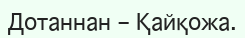
Дотаннан – Қайқожа.